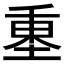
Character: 𡍺